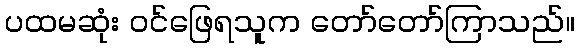
ပထမဆုံး ဝင်ဖြေရသူက တော်တော်ကြာသည်။